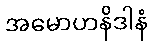
အမောဟနိဒါနံ